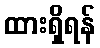
ထားရှိရန်